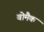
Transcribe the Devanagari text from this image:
वोमैक